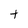
Character: t